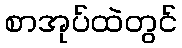
စာအုပ်ထဲတွင်